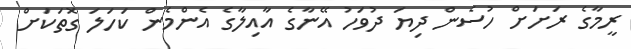
ރީމާގެ ރަށަށް ހުސެން ދިޔަ ދުވަހު އޭނާގެ އާއިލާގެ އެންމެން ކަހަލަ ގޮތަކަށް